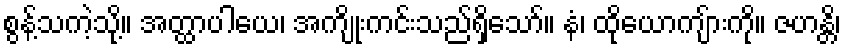
စွန့်သကဲ့သို့။ အတ္ထာပါယေ၊ အကျိုးကင်းသည်ရှိသော်။ နံ၊ ထိုယောကျ်ားကို။ ဇဟန္တိ၊